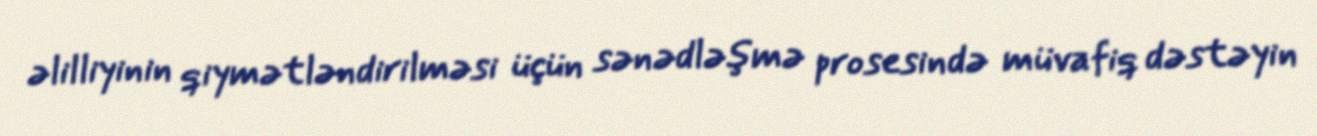
əlilliyinin qiymətləndirilməsi üçün sənədləşmə prosesində müvafiq dəstəyin